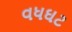
વધઘટ